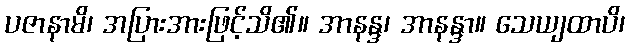
ပဇာနာမိ၊ အပြားအားဖြင့်သိ၏။ အာနန္ဒ၊ အာနန္ဒာ။ သေယျထာပိ၊